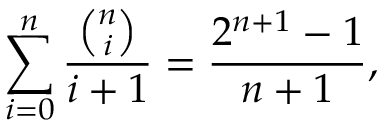
\sum _ { i = 0 } ^ { n } { \frac { \binom { n } { i } } { i + 1 } } = { \frac { 2 ^ { n + 1 } - 1 } { n + 1 } } ,